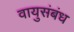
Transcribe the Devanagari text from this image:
वायुसंबंध